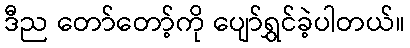
ဒီည တော်တော့်ကို ပျော်ရွှင်ခဲ့ပါတယ်။